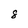
Character: 8